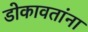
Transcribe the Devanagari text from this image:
डोकावतांना